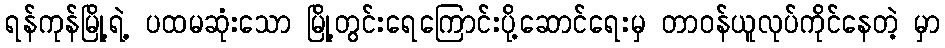
ရန်ကုန်မြို့ရဲ့ ပထမဆုံးသော မြို့တွင်းရေကြောင်းပို့ဆောင်ရေးမှ တာဝန်ယူလုပ်ကိုင်နေတဲ့ မှာ